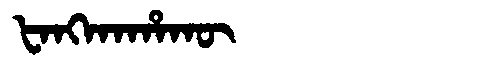
Manchu: ᡶᠠᠩᡴᠠᡥᠠᡴᡡ
Romanization: FANGKAHAKŪ